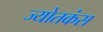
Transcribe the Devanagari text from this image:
ज्योतकंस